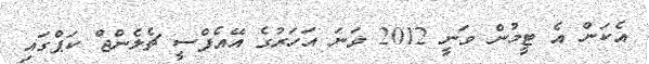
އެކަން އެ ޓީމުން ވަނީ 2012 ވަނަ އަހަރުގެ އޭއެފްސީ ޗެލެންޖް ކަޕްގައި